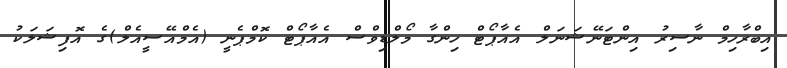
އިބްރާހިމް ނާސިރު އިންޓަނޭޝަނަލް އެއާޕޯޓް ހިންގާ މޯލްޑިވްސް އެއާޕޯޓް ކޮމްޕެނީ (އެމްއޭސީއެލް)ގެ އޮފިޝަލަކު